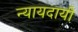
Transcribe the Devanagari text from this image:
न्यायदायी